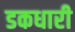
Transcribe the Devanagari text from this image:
डकधारी